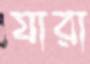
যারা